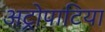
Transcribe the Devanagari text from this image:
अट्रोपाटिया